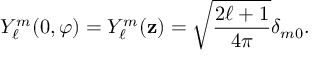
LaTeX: Y _ { \ell } ^ { m } ( 0 , \varphi ) = Y _ { \ell } ^ { m } ( { \mathbf { z } } ) = { \sqrt { \frac { 2 \ell + 1 } { 4 \pi } } } \delta _ { m 0 } .